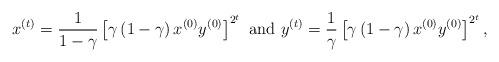
LaTeX: \begin{align*}x^{\left(t\right)}=\frac{1}{1-\gamma}\left[\gamma\left(1-\gamma\right)x^{\left(0\right)}y^{\left(0\right)}\right]^{2^{t}}\mbox{ and }y^{\left(t\right)}=\frac{1}{\gamma}\left[\gamma\left(1-\gamma\right)x^{\left(0\right)}y^{\left(0\right)}\right]^{2^{t}},\end{align*}